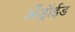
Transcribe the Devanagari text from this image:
अँड्रॉईड